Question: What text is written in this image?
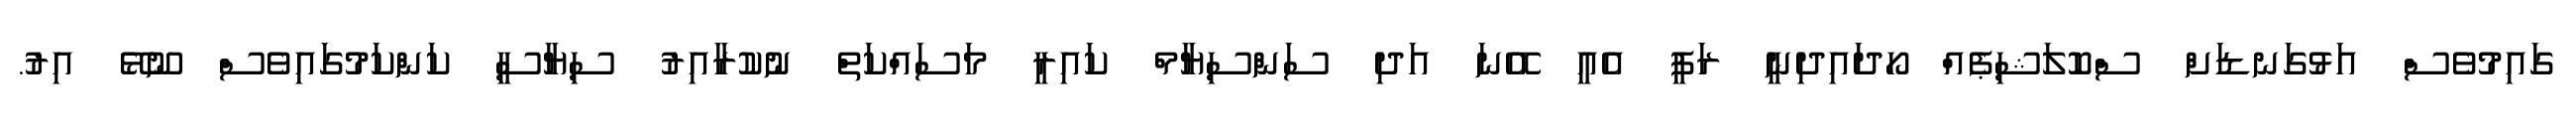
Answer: ގައިމުވެސް އަޅުގަނޑަށް ސްކޮލަޝިޕެއް ހޯދައިދިނީ ރަފީ އެއީ އޭނަ އަދި ސަންސިޔާމް ކައިރީ މަސައްކަތް ނުކުރާއިރު ސިޔާސީ ކަންކަމުގައިވެސް ނޫޅޭ އިރު.